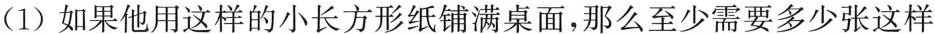
(1)如果他用这样的小长方形纸铺满桌面，那么至少需要多少张这样